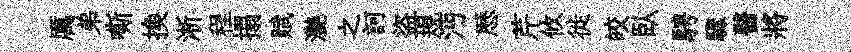
厲弟嘶换淅程搨赋灔之訶盜規沔厯芹攸徙皎臥騁驟醫將